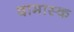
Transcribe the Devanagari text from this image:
दामास्क